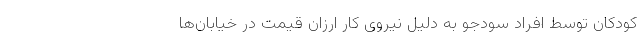
کودکان توسط افراد سودجو به دلیل نیروی کار ارزان قیمت در خیابان‌ها